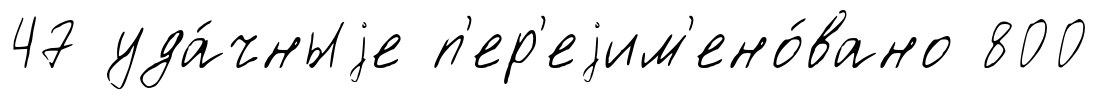
47 уда́чныjе п'ер'еjим'ено́вано 800